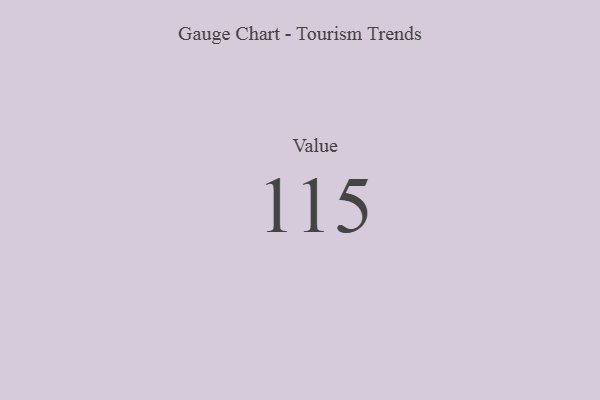
{"axis": {"x": "Metric", "y": "Value"}, "legend": [""], "data": [{"x": "Value", "y": 115, "type": ""}]}